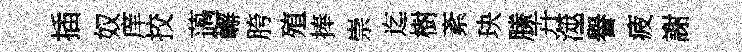
插奴庠挍薖嶰胯殖捧崇迄樹紊玦縢卉澨譽疲謝